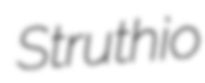
Struthio